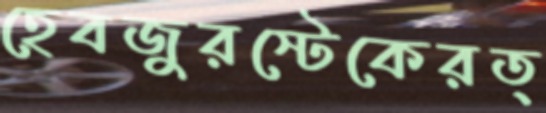
হেবজুরস্টেকেরত্